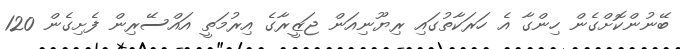
ބޭނުންކޮށްގެން ހިންގާ އެ ހަރަކާތުގައި ރިޔޫނިއަން ޖަޒީރާގެ އިރުމަތީ އައްސޭރިން ފެށިގެން 120